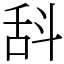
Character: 𣁳